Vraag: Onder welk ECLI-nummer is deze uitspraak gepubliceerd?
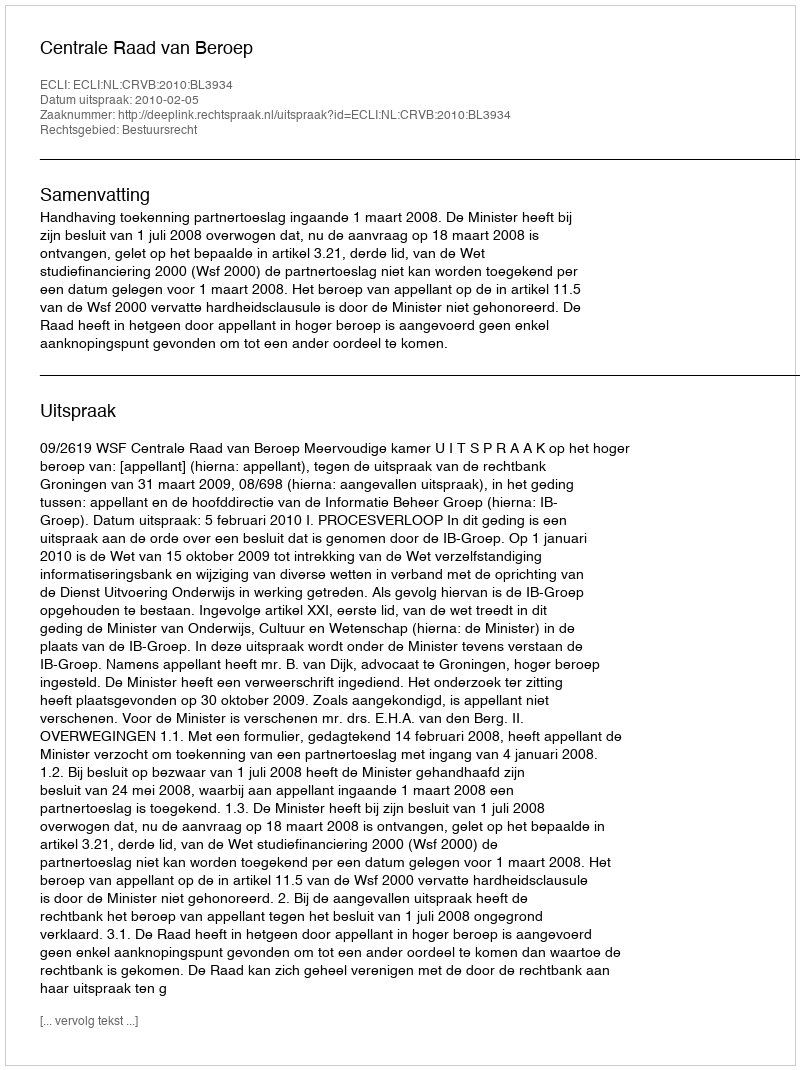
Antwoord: ECLI:NL:CRVB:2010:BL3934